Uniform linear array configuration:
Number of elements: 4
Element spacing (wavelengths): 1
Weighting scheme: exponential
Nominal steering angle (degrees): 60
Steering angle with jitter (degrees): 58.526
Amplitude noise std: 0.05
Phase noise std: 0.05

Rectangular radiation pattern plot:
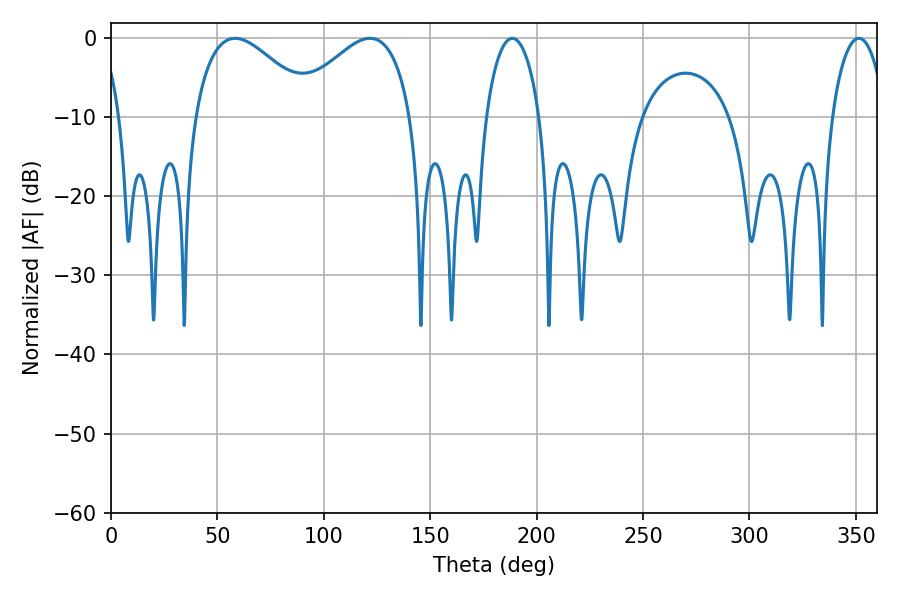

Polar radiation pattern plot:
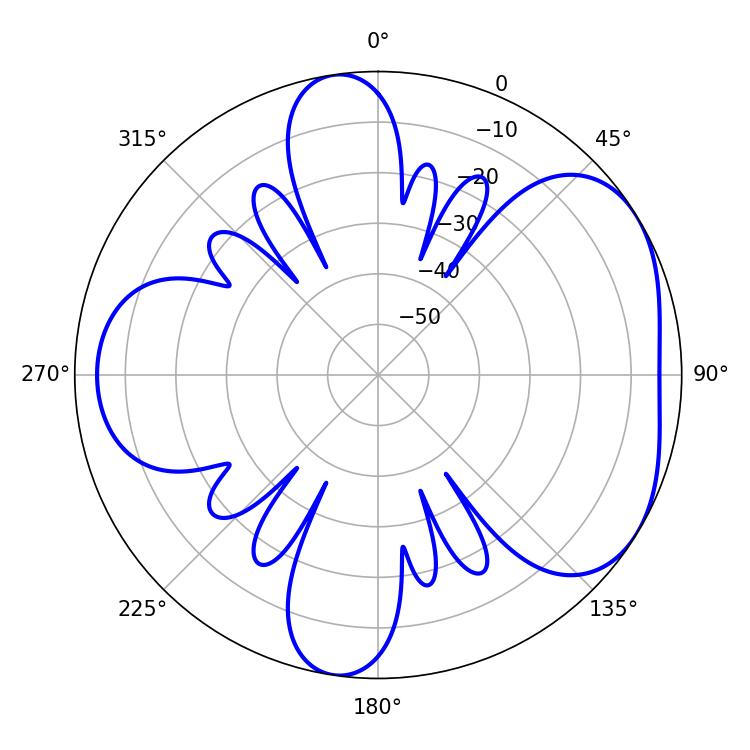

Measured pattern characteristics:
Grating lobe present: TRUE
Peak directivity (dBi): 4.61
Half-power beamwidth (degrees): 30.78
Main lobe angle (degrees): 58.32